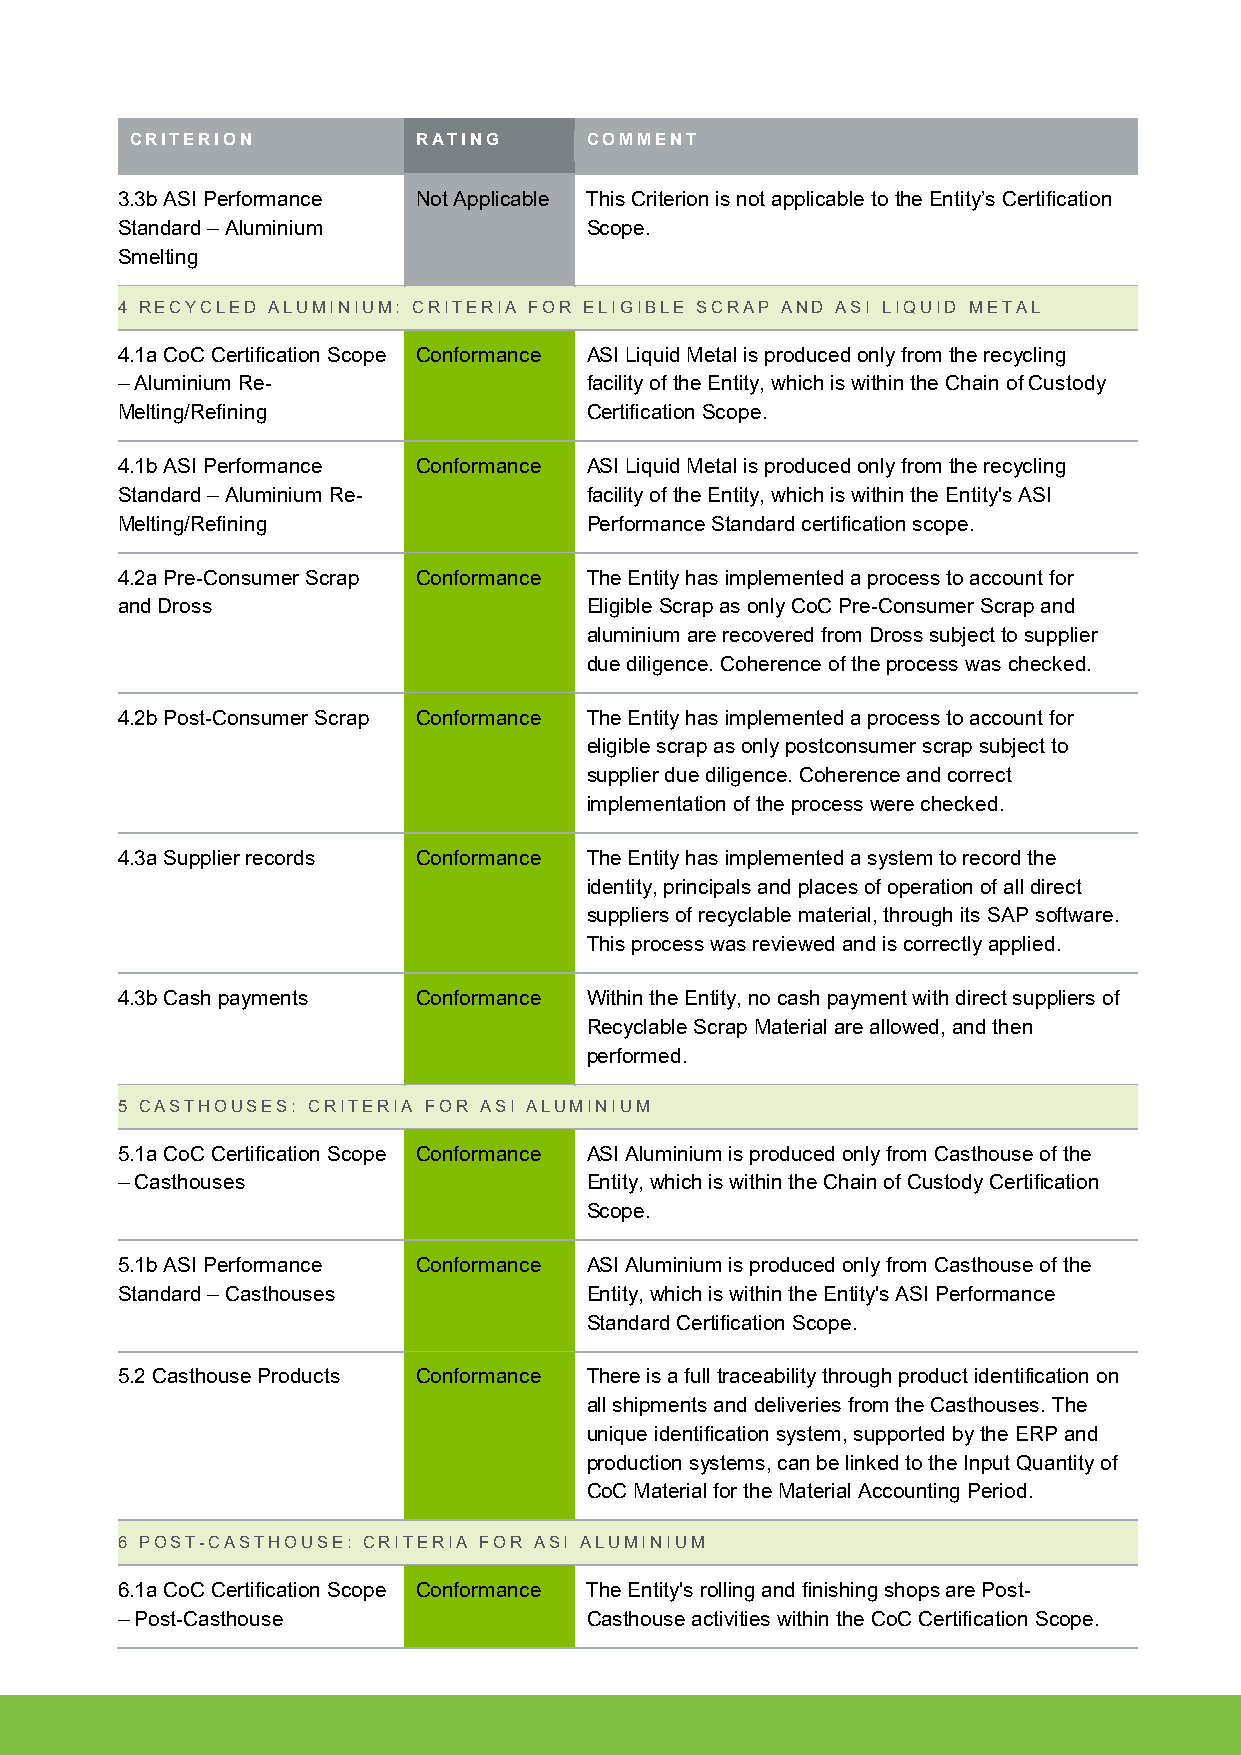
CRITERION          RATING     COMMENT
 3.3b ASI Performance Not Applicable This Criterion is not applicable to the Entity’s Certification
 Standard – Aluminium           Scope.
 Smelting
 4 RECYCLED ALUMINIUM: CRITERIA FOR ELIGIBLE SCRAP AND ASI LIQUID METAL
 4.1a CoC Certification Scope Conformance ASI Liquid Metal is produced only from the recycling
 – Aluminium Re-                facility of the Entity, which is within the Chain of Custody
 Melting/Refining               Certification Scope.
 4.1b ASI Performance Conformance ASI Liquid Metal is produced only from the recycling
 Standard – Aluminium Re-       facility of the Entity, which is within the Entity's ASI
 Melting/Refining               Performance Standard certification scope.
 4.2a Pre-Consumer Scrap Conformance The Entity has implemented a process to account for
 and Dross                      Eligible Scrap as only CoC Pre-Consumer Scrap and
 aluminium are recovered from Dross subject to supplier
 due diligence. Coherence of the process was checked.
 4.2b Post-Consumer Scrap Conformance The Entity has implemented a process to account for
 eligible scrap as only postconsumer scrap subject to
 supplier due diligence. Coherence and correct
 implementation of the process were checked.
 4.3a Supplier records Conformance The Entity has implemented a system to record the
 identity, principals and places of operation of all direct
 suppliers of recyclable material, through its SAP software.
 This process was reviewed and is correctly applied.
 4.3b Cash payments  Conformance Within the Entity, no cash payment with direct suppliers of
 Recyclable Scrap Material are allowed, and then
 performed.
 5 CASTHOUSES: CRITERIA FOR ASI ALUMINIUM
 5.1a CoC Certification Scope Conformance ASI Aluminium is produced only from Casthouse of the
 – Casthouses                   Entity, which is within the Chain of Custody Certification
 Scope.
 5.1b ASI Performance Conformance ASI Aluminium is produced only from Casthouse of the
 Standard – Casthouses          Entity, which is within the Entity's ASI Performance
 Standard Certification Scope.
 5.2 Casthouse Products Conformance There is a full traceability through product identification on
 all shipments and deliveries from the Casthouses. The
 unique identification system, supported by the ERP and
 production systems, can be linked to the Input Quantity of
 CoC Material for the Material Accounting Period.
 6 POST-CASTHOUSE: CRITERIA FOR ASI ALUMINIUM
 6.1a CoC Certification Scope Conformance The Entity's rolling and finishing shops are Post-
 – Post-Casthouse               Casthouse activities within the CoC Certification Scope.